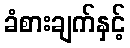
ခံစားချက်နှင့်